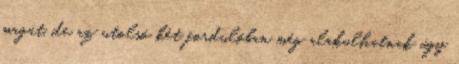
magát, de az utolsó két fordulóban még alakulhatnak úgy